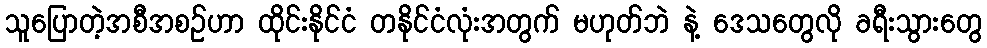
သူပြောတဲ့အစီအစဉ်ဟာ ထိုင်းနိုင်ငံ တနိုင်ငံလုံးအတွက် မဟုတ်ဘဲ နဲ့ ဒေသတွေလို ခရီးသွားတွေ